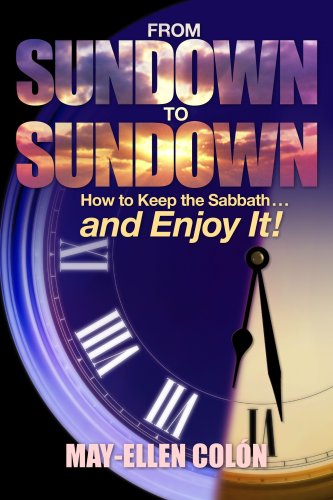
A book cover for From Sundown to Sundown: How to Keep the Sabbath...and Enjoy It!; May-Ellen Netten Colon; Christian Books & Bibles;